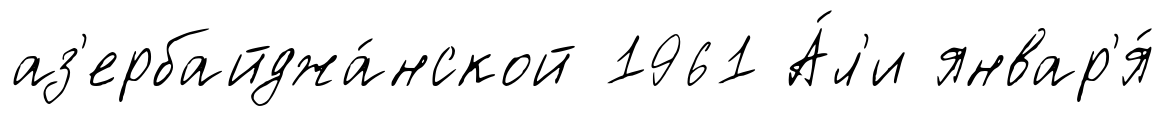
аз'ербайджа́нской 1961 А́л'и январ'я́